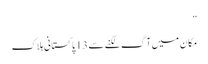
”
مکان میں آگ لگنے سے 13 پاکستانی ہلاک